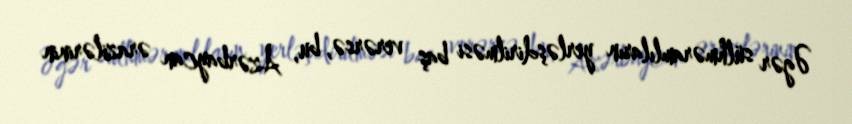
Əgər sülhməramlıların yerləşdirilməsi baş verərsə, bu, Azərbaycan ərazilərinin